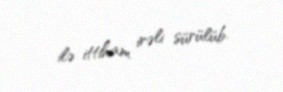
ilə ittiham irəli sürülüb.